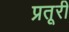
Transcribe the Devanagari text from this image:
प्रतूरी